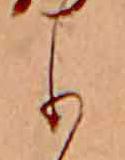
も